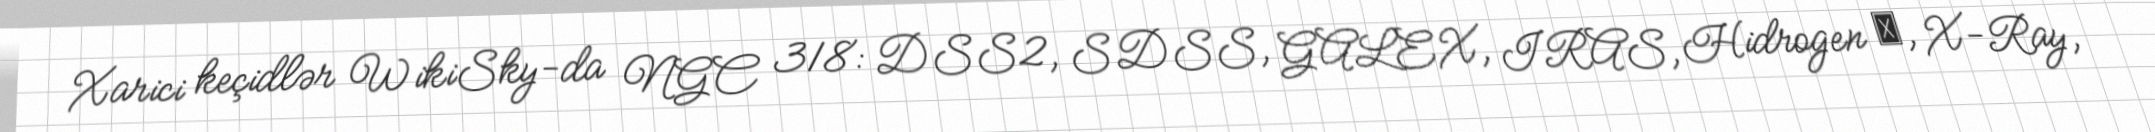
Xarici keçidlər WikiSky-da NGC 318: DSS2, SDSS, GALEX, IRAS, Hidrogen α, X-Ray,